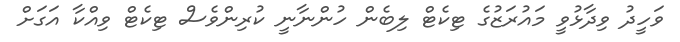
ވަހީދު ވިދާޅުވީ މައުރަޒުގެ ޓިކެޓް ލިބެން ހުންނާނީ ކުރިންވެސް ޓިކެޓް ވިއްކާ އަގަށް